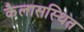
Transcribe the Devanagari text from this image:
कैलासस्थित